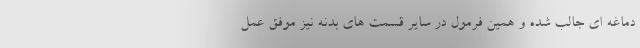
دماغه ای جالب شده و همین فرمول در سایر قسمت های بدنه نیز موفق عمل